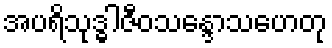
အပရိသုဒ္ဓါဇီဝသန္ဒောသဟေတု